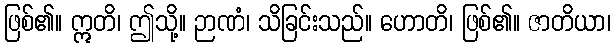
ဖြစ်၏။ ဣတိ၊ ဤသို့။ ဉာဏံ၊ သိခြင်းသည်။ ဟောတိ၊ ဖြစ်၏။ ဇာတိယာ၊